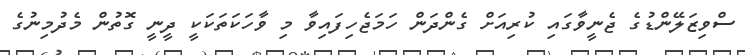
ސްވިޒަލޭންޑުގެ ޖެނީވާގައި ކުރިއަށް ގެންދަން ހަމަޖެހިފައިވާ މި ވާހަކަތަކަކީ ދީނީ ގޮތުން މެދުމިނުގެ